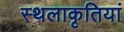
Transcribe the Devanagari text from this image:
स्थलाकृतियां